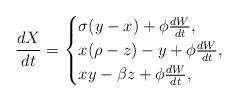
LaTeX: \begin{align*}\frac{dX}{dt}=\begin{cases}\sigma(y-x)+\phi\frac{dW}{dt},& \\x(\rho-z)-y+\phi\frac{dW}{dt},& \\xy-\beta z+\phi\frac{dW}{dt},&\end{cases}\end{align*}